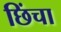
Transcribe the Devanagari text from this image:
छिंचा